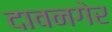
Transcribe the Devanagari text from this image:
दावनगेर